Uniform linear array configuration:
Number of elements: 12
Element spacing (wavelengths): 1
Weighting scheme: binomial
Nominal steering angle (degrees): -30
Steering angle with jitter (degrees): -30.629
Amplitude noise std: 0.05
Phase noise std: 0.05

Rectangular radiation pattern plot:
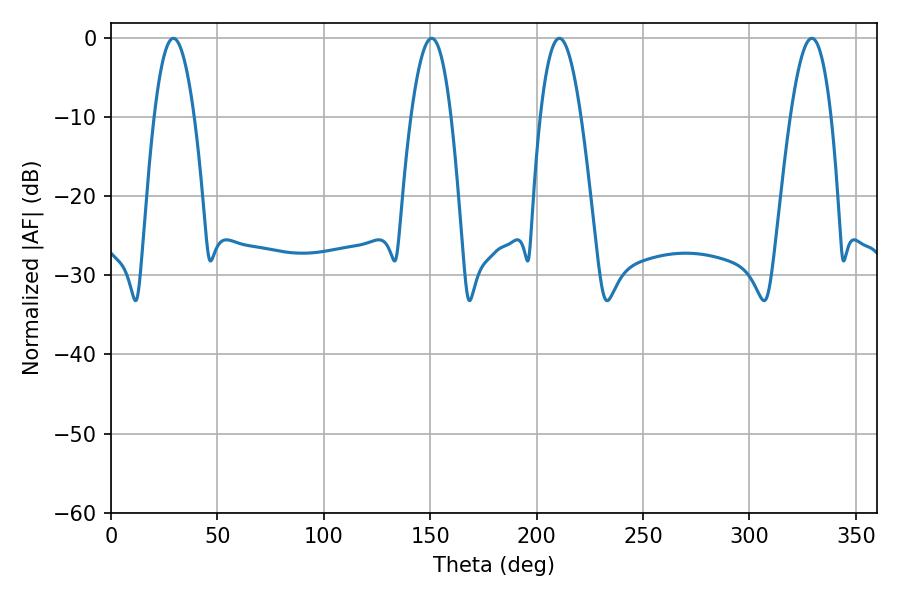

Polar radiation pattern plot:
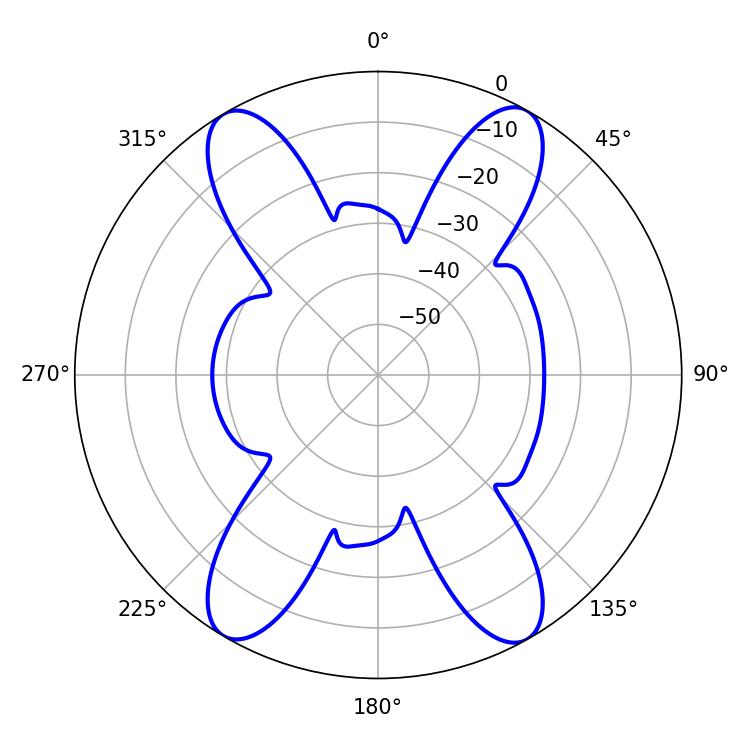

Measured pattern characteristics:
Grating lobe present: TRUE
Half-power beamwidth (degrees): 10.26
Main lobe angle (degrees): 29.34